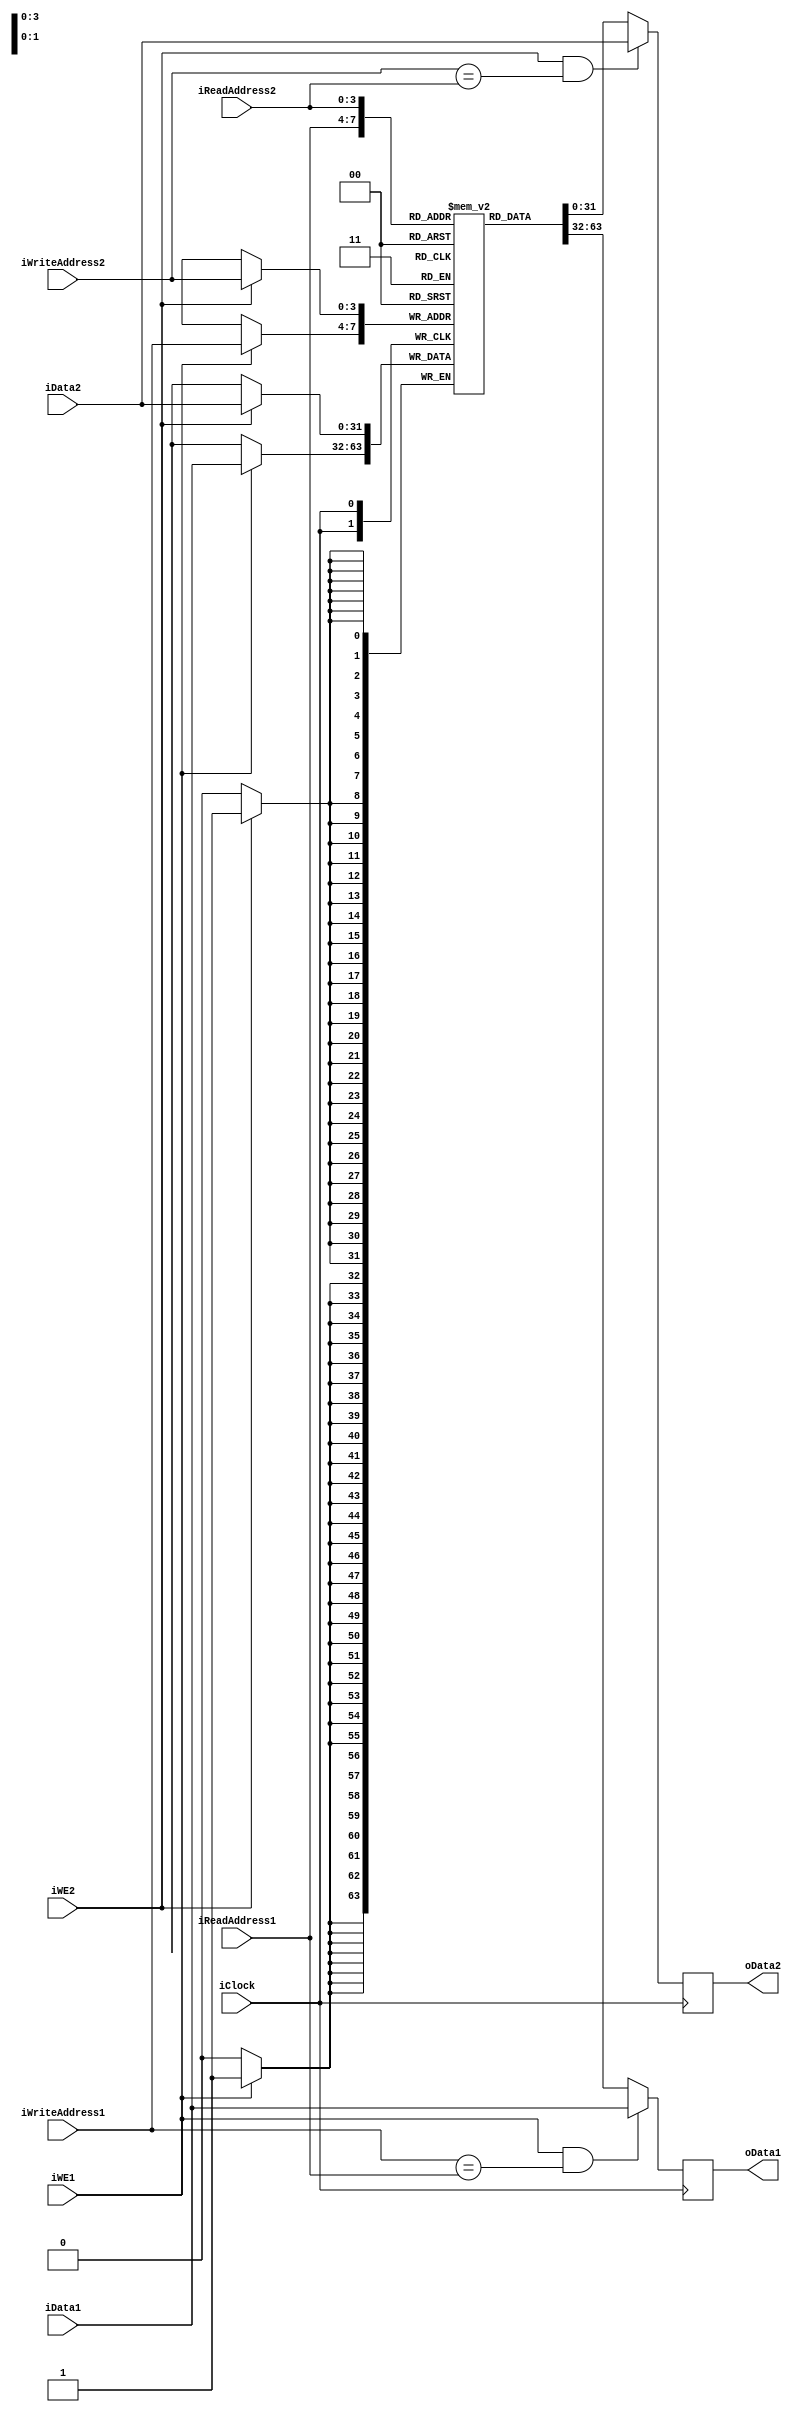
module register_file(
    input wire iClock,
    
    input wire [31:0] iData1,
    input wire [31:0] iData2, 
    
    input wire [3:0] iWriteAddress1,
    input wire [3:0] iWriteAddress2,
           
    input wire [3:0] iReadAddress1, 
    input wire [3:0] iReadAddress2,
    
    input wire iWE1,
    input wire iWE2,

    output reg [31:0] oData1, 
    output reg [31:0] oData2
    );

reg [31:0] memory [0:15];

always @(posedge iClock) begin
    if (iWE1)
        memory[iWriteAddress1] <= iData1;

    if (iWE1 && iWriteAddress1 == iReadAddress1)
        oData1 <= iData1;
    else
        oData1 <= memory[iReadAddress1];
end

always @(posedge iClock) begin
    if (iWE2)
        memory[iWriteAddress2] <= iData2;

    if (iWE2 && iWriteAddress2 == iReadAddress2)
        oData2 <= iData2;
    else
        oData2 <= memory[iReadAddress2];
end

endmodule